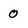
Character: 0